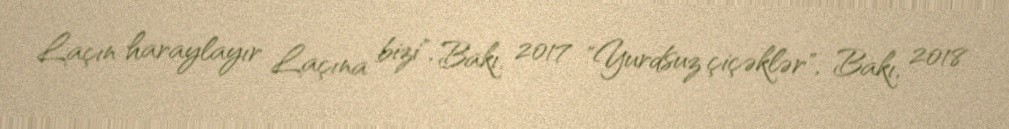
Laçın haraylayır Laçına bizi", Bakı, 2017 "Yurdsuz çiçəklər", Bakı, 2018